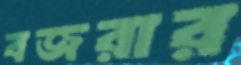
বজরার